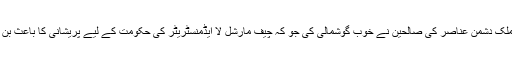
بہرحال ان ملک دشمن عناصر کی صالحین نے خوب گوشمالی کی جو کہ چیف مارشل لا ایڈمنسٹریٹر کی حکومت کے لیے پریشانی کا باعث بن رہے تھے۔